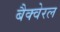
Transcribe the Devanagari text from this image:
बैक्वेरल